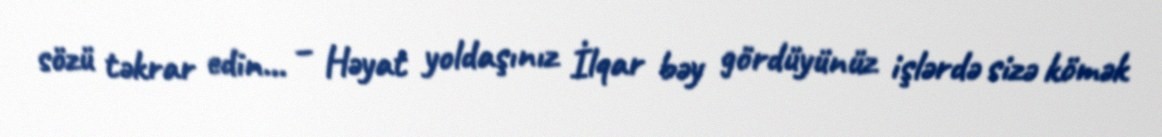
sözü təkrar edin... – Həyat yoldaşınız İlqar bəy gördüyünüz işlərdə sizə kömək